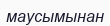
маусымынан